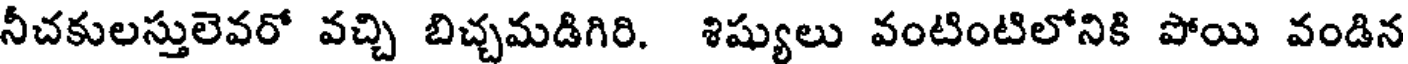
నీచకులస్తులెవరో వచ్చి బిచ్చమడిగిరి. శిష్యులు వంటింటిలోనికి పోయి వండిన